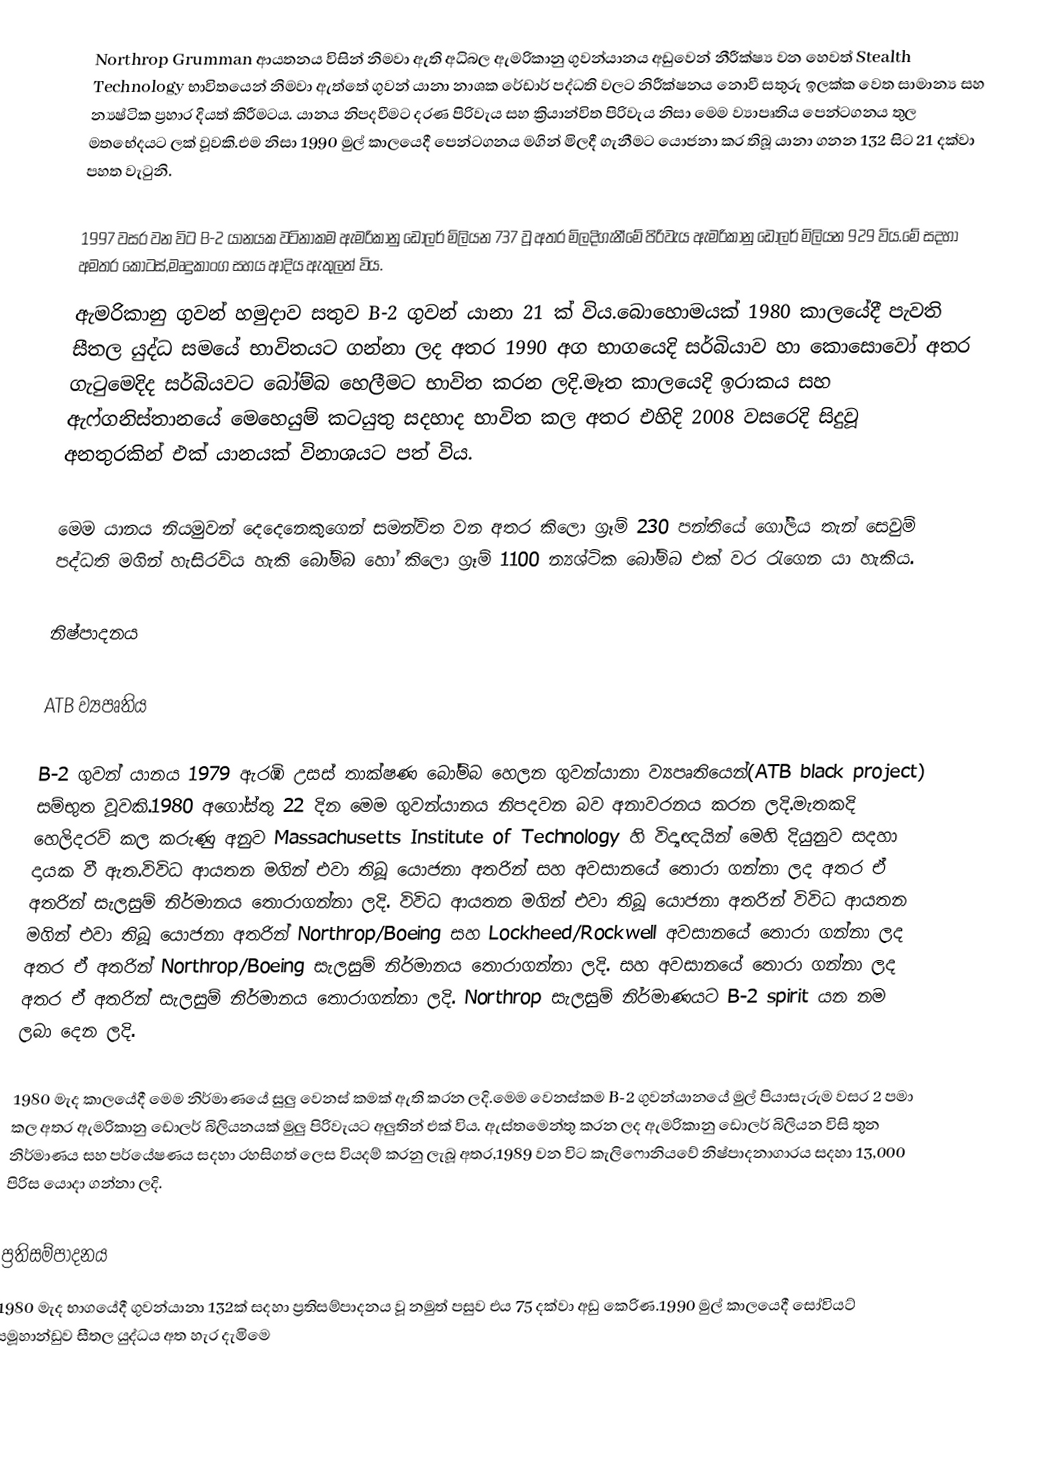
Northrop Grumman ආයතනය විසින් නිමවා ඇති අධිබල ඇමරිකානු ගුවන්යානය අඩුවෙන් නීරීක්ෂ්‍ය වන හෙවත් Stealth Technology  භාවිතයෙන් නිමවා ඇත්තේ ගුවන් යානා නාශක රේඩාර් පද්ධති වලට නිරීක්ෂනය නොවී සතුරු ඉලක්ක වෙත සාමාන්‍ය සහ න්‍යෂ්ටික ප්‍රහාර දියත් කිරීමටය. යානය නිපදවීමට දරණ පිරිවැය සහ ක්‍රියාන්විත පිරිවැය නිසා මෙම ව්‍යාපෘතිය පෙන්ටගනය තුල මතභේදයට ලක් වූවකි.එම නිසා 1990 මුල් කාලයෙදී පෙන්ටගනය මගින් මිලදී ගැනීමට යොජනා කර තිබූ යානා ගනන 132 සිට 21 දක්වා පහත වැටුනි.

1997 වසර වන විට B-2 යානයක වටිනාකම ඇමරිකානු ඩොලර් මිලියන 737 වූ අතර මිලදිගැනීමේ පිරිවැය ඇමරිකානු ඩොලර් මිලියන 929 විය.මේ සදහා අමතර කොටස්,මෘදුකාංග සහය ආදිය ඇතුලත් විය.
ඇමරිකානු ගුවන් හමුදාව සතුව B-2 ගුවන් යානා 21 ක් විය.බොහොමයක් 1980 කාලයේදී පැවති සීතල යුද්ධ සමයේ භාවිතයට ගන්නා ලද අතර 1990 අග භාගයෙදි සර්බියාව හා කොසොවෝ අතර ගැටුමෙදිද සර්බියවට බෝම්බ හෙලීමට භාවිත කරන ලදි.මෑත කාලයෙදි ඉරාකය සහ ඇෆ්ගනිස්තානයේ මෙහෙයුම් කටයුතු සදහාද භාවිත කල අතර එහිදි 2008 වසරෙදි සිදුවූ අනතුරකින් එක් යානයක් විනාශයට පත් විය.

මෙම යානය නියමුවන් දෙදෙනෙකුගෙන් සමන්විත වන අතර කිලො ග්‍රෑම් 230 පන්තියේ ගෝලීය තැන් සෙවුම් පද්ධති මගින් හැසිරවිය හැකි බෝම්බ හෝ කිලො ග්‍රෑම් 1100 න්‍යශ්ටික බෝම්බ එක් වර රැගෙන යා හැකිය.

නිෂ්පාදනය

ATB ව්‍යපෘතිය

B-2 ගුවන් යානය 1979 ඇරඹි උසස් තාක්ෂණ බෝම්බ හෙලන ගුවන්යානා ව්‍යපෘතියෙන්(ATB black project) සම්භුත වූවකි.1980 අගෝස්තු 22 දින මෙම ගුවන්යානය නිපදවන බව අනාවරනය කරන ලදි.මැතකදි හෙලිදරව් කල කරුණු අනුව Massachusetts Institute of Technology හි විද්‍යඥයින් මෙහි දියුනුව සදහා දායක වී ඇත.විවිධ ආයතන මගින් එවා තිබූ යොජනා අතරින් සහ අවසානයේ තොරා ගන්නා ලද අතර ඒ අතරින් සැලසුම් නිර්මානය තොරාගන්නා ලදි. විවිධ ආයතන මගින් එවා තිබූ යොජනා අතරින් විවිධ ආයතන මගින් එවා තිබූ යොජනා අතරින් Northrop/Boeing සහ Lockheed/Rockwell අවසානයේ තොරා ගන්නා ලද අතර ඒ අතරින්  Northrop/Boeing සැලසුම් නිර්මානය  තොරාගන්නා ලදි. සහ අවසානයේ තොරා ගන්නා ලද අතර ඒ අතරින් සැලසුම් නිර්මානය තොරාගන්නා ලදි. Northrop සැලසුම් නිර්මාණයට B-2 spirit යන නම ලබා දෙන ලදි.

1980 මැද කාලයේදී මෙම නිර්මාණයේ සුලු වෙනස් කමක් ඇති කරන ලදි.මෙම වෙනස්කම B-2 ගුවන්යානයේ මුල් පියාසැරුම වසර 2  පමා කල අතර ඇමරිකානු ඩොලර් බිලියනයක් මුලු පිරිවැයට අලුතින් එක් විය. ඇස්තමෙන්තු කරන ලද ඇමරිකානු ඩොලර් බිලියන විසි තුන නිර්මාණය සහ පර්යේෂණය සදහා රහසිගත් ලෙස වියදම් කරනු ලැබූ අතර,1989 වන විට කැලිෆොනියවේ නිෂ්පාදනාගාරය සදහා 13,000 පිරිස යොදා ගන්නා ලදි.

ප්‍රතිසම්පාදනය
1980 මැද භාගයේදී ගුවන්යානා 132ක් සදහා ප්‍රතිසම්පාදනය වූ නමුත් පසුව එය 75 දක්වා අඩු කෙරිණ.1990 මුල් කාලයෙදී සෝවියට් සමූහාන්ඩුව සීතල යුද්ධය අත හැර දැමිමෙ